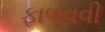
ફાળવવી